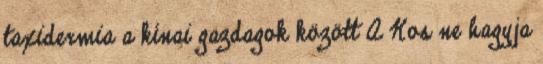
taxidermia a kínai gazdagok között A Kos ne hagyja